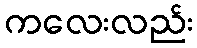
ကလေးလည်း